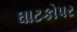
ઘાટકોપર